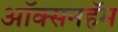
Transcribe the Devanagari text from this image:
ऑक्सनहॅम